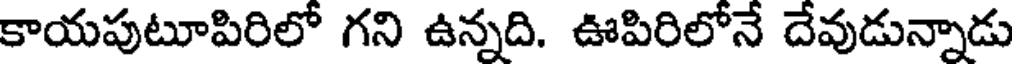
కాయపుటూపిరిలో గని ఉన్నది. ఊపిరిలోనే దేవుడున్నాడు